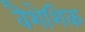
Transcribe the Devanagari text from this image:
वैशेशिक